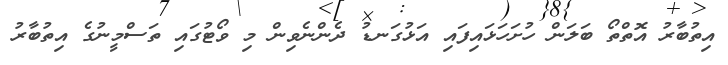
އިތުބާރު އޮތްތޯ ބަލަން ހުށަހަޅައިފައި އަޅުގަނޑު ދެންނެވިން މި ވޯޓުގައި ތަސްމީނުގެ އިތުބާރު